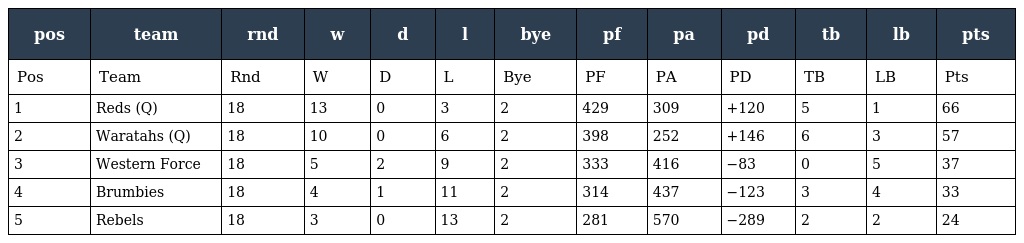
| pos | team | rnd | w | d | l | bye | pf | pa | pd | tb | lb | pts |
 | --- | --- | --- | --- | --- | --- | --- | --- | --- | --- | --- | --- | --- |
 | Pos | Team | Rnd | W | D | L | Bye | PF | PA | PD | TB | LB | Pts |
 | 1 | Reds (Q) | 18 | 13 | 0 | 3 | 2 | 429 | 309 | +120 | 5 | 1 | 66 |
 | 2 | Waratahs (Q) | 18 | 10 | 0 | 6 | 2 | 398 | 252 | +146 | 6 | 3 | 57 |
 | 3 | Western Force | 18 | 5 | 2 | 9 | 2 | 333 | 416 | −83 | 0 | 5 | 37 |
 | 4 | Brumbies | 18 | 4 | 1 | 11 | 2 | 314 | 437 | −123 | 3 | 4 | 33 |
 | 5 | Rebels | 18 | 3 | 0 | 13 | 2 | 281 | 570 | −289 | 2 | 2 | 24 |